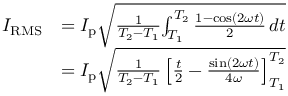
{ \begin{array} { r l } { I _ { \mathrm { R M S } } } & { = I _ { \mathrm { p } } { \sqrt { { \frac { 1 } { T _ { 2 } - T _ { 1 } } } { \int _ { T _ { 1 } } ^ { T _ { 2 } } { \frac { 1 - \cos ( 2 \omega t ) } { 2 } } \, d t } } } } \\ & { = I _ { \mathrm { p } } { \sqrt { { \frac { 1 } { T _ { 2 } - T _ { 1 } } } \left[ { \frac { t } { 2 } } - { \frac { \sin ( 2 \omega t ) } { 4 \omega } } \right] _ { T _ { 1 } } ^ { T _ { 2 } } } } } \end{array} }